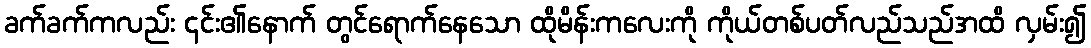
ခက်ခက်ကလည်း ၎င်း၏နောက် တွင်ရောက်နေသော ထိုမိန်းကလေးကို ကိုယ်တစ်ပတ်လည်သည်အထိ လှမ်း၍